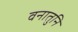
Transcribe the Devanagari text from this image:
वनातुनि